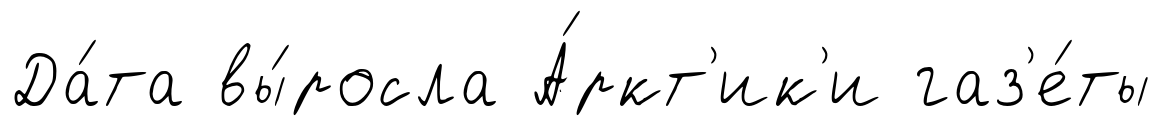
Да́та вы́росла А́ркт'ик'и газ'е́ты